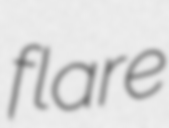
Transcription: flare